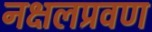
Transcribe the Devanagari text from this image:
नक्षलप्रवण